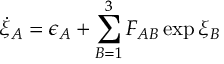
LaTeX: \dot { \xi } _ { A } = \epsilon _ { A } + \sum _ { B = 1 } ^ { 3 } F _ { A B } \exp \xi _ { B }